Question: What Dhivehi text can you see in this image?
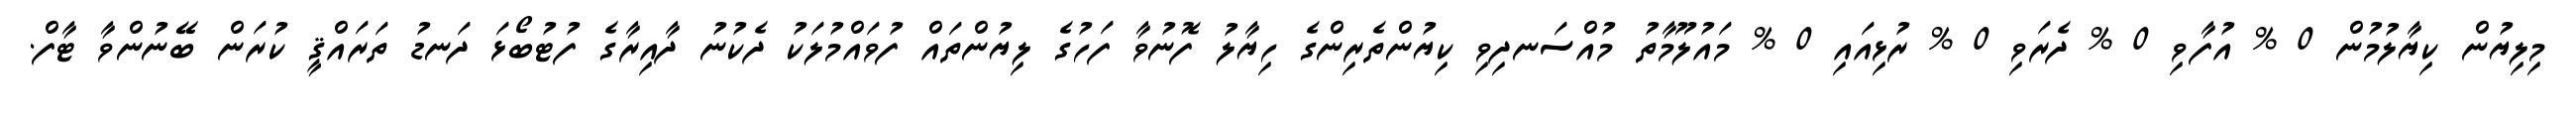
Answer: މިލިޔުން ކިޔާލުމުން 0 % އުފާވި 0 % ދެރަވި 0 % ރުޅިއައި 0 % މައުލޫމާތު މުއްސަނދިވި ކިޔުންތެރިންގެ ހިޔާލު ފޮނުވާ ފަހުގެ ލިޔުންތައް ފުވައްމުލަކު ދެކުނު ދާއިރާގެ ފުޓުބޯޅަ ދަނޑު ތަރައްޤީ ކުރަން ބޭނުންވާ ޓާފް.